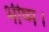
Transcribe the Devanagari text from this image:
भीष्म।